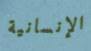
الإنسانية